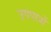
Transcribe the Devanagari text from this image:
उपपात्रों